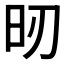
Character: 𣅉